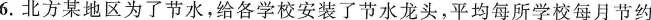
6.北方某地区为了节水，给各学校安装了节水龙头，平均每所学校每月节约